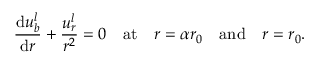
\frac { \mathrm { d } u _ { b } ^ { l } } { \mathrm { d } r } + \frac { u _ { r } ^ { l } } { r ^ { 2 } } = 0 \quad \mathrm { a t } \quad r = \alpha r _ { 0 } \quad \mathrm { a n d } \quad r = r _ { 0 } .